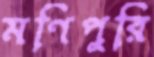
মণিপুরি